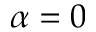
\alpha = 0